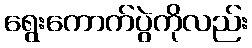
ရွေးကောက်ပွဲကိုလည်း